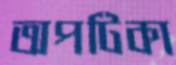
অপটিকা